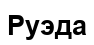
Руэда